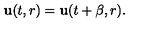
{ \bf u } ( t , r ) = { \bf u } ( t + \beta , r ) .